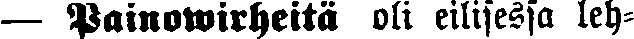
— Painowirheitä oli eilisessä leh-